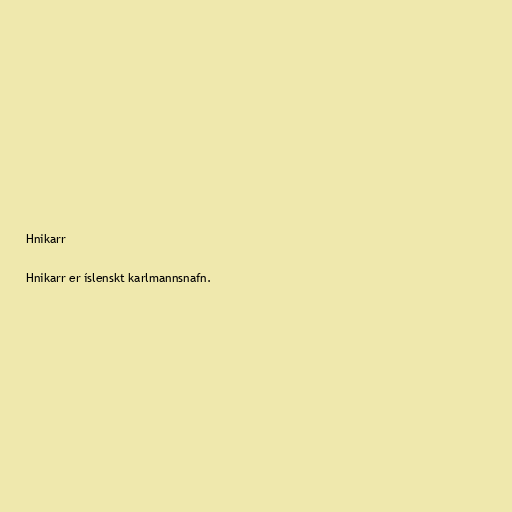
Hnikarr

Hnikarr er íslenskt karlmannsnafn.